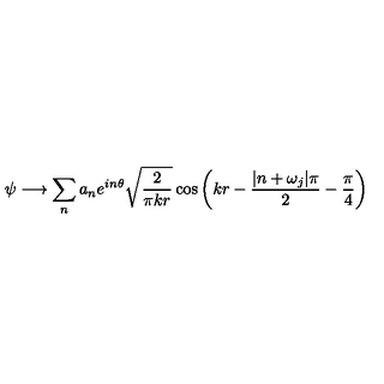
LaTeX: \psi \longrightarrow \sum _ { n } a _ { n } e ^ { i n \theta } \sqrt { \frac { 2 } { \pi k r } } \cos \left( k r - \frac { | n + \omega _ { j } | \pi } { 2 } - \frac { \pi } { 4 } \right)